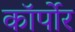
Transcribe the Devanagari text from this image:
कॉर्पोर